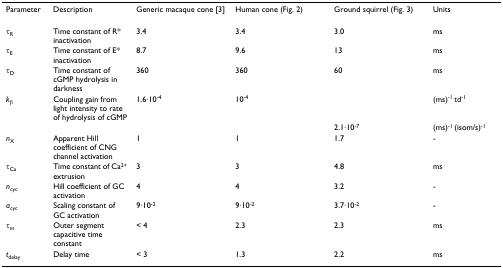
<table><thead><tr><td><b>Parameter</b></td><td><b>Description</b></td><td><b>Generic macaque cone [3]</b></td><td><b>Human cone (Fig. 2)</b></td><td><b>Ground squirrel (Fig. 3)</b></td><td><b>Units</b></td></tr></thead><tbody><tr><td>τ<sub>R</sub></td><td>Time constant of R* inactivation</td><td>3.4</td><td>3.4</td><td>3.0</td><td>ms</td></tr><tr><td>τ<sub>E</sub></td><td>Time constant of E* inactivation</td><td>8.7</td><td>9.6</td><td>13</td><td>ms</td></tr><tr><td>τ<sub>D</sub></td><td>Time constant of cGMP hydrolysis in darkness</td><td>360</td><td>360</td><td>60</td><td>ms</td></tr><tr><td><i>k</i><sub>β</sub></td><td>Coupling gain from light intensity to rate of hydrolysis of cGMP</td><td>1.6·10<sup>-4</sup></td><td>10<sup>-4</sup></td><td></td><td>(ms)<sup>-1 </sup>td<sup>-1 </sup></td></tr><tr><td></td><td></td><td></td><td></td><td>2.1·10<sup>-7</sup></td><td>(ms)<sup>-1 </sup>(isom/s)<sup>-1</sup></td></tr><tr><td><i>n</i><sub>X</sub></td><td>Apparent Hill coefficient of CNG channel activation</td><td>1</td><td>1</td><td>1.7</td><td>-</td></tr><tr><td>τ<sub>Ca</sub></td><td>Time constant of Ca<sup>2+ </sup>extrusion</td><td>3</td><td>3</td><td>4.8</td><td>ms</td></tr><tr><td><i>n</i><sub>cyc</sub></td><td>Hill coefficient of GC activation</td><td>4</td><td>4</td><td>3.2</td><td>-</td></tr><tr><td><i>a</i><sub>cyc</sub></td><td>Scaling constant of GC activation</td><td>9·10<sup>-2</sup></td><td>9·10<sup>-2</sup></td><td>3.7·10<sup>-2</sup></td><td>-</td></tr><tr><td>τ<sub>m</sub></td><td>Outer segment capacitive time constant</td><td>&lt; 4</td><td>2.3</td><td>2.3</td><td>ms</td></tr><tr><td><i>t</i><sub>delay</sub></td><td>Delay time</td><td>&lt; 3</td><td>1.3</td><td>2.2</td><td>ms</td></tr></tbody></table>